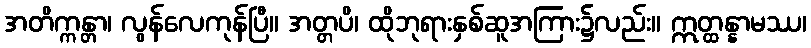
အတိက္ကန္တာ၊ လွန်လေကုန်ပြီ။ အတ္တပိ၊ ထိုဘုရားနှစ်ဆူအကြား၌လည်း။ ဣတ္ထန္နာမဿ၊